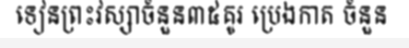
ទៀនព្រះវស្សាចំនួន៣៥គូរ ប្រេងកាត ចំនួន